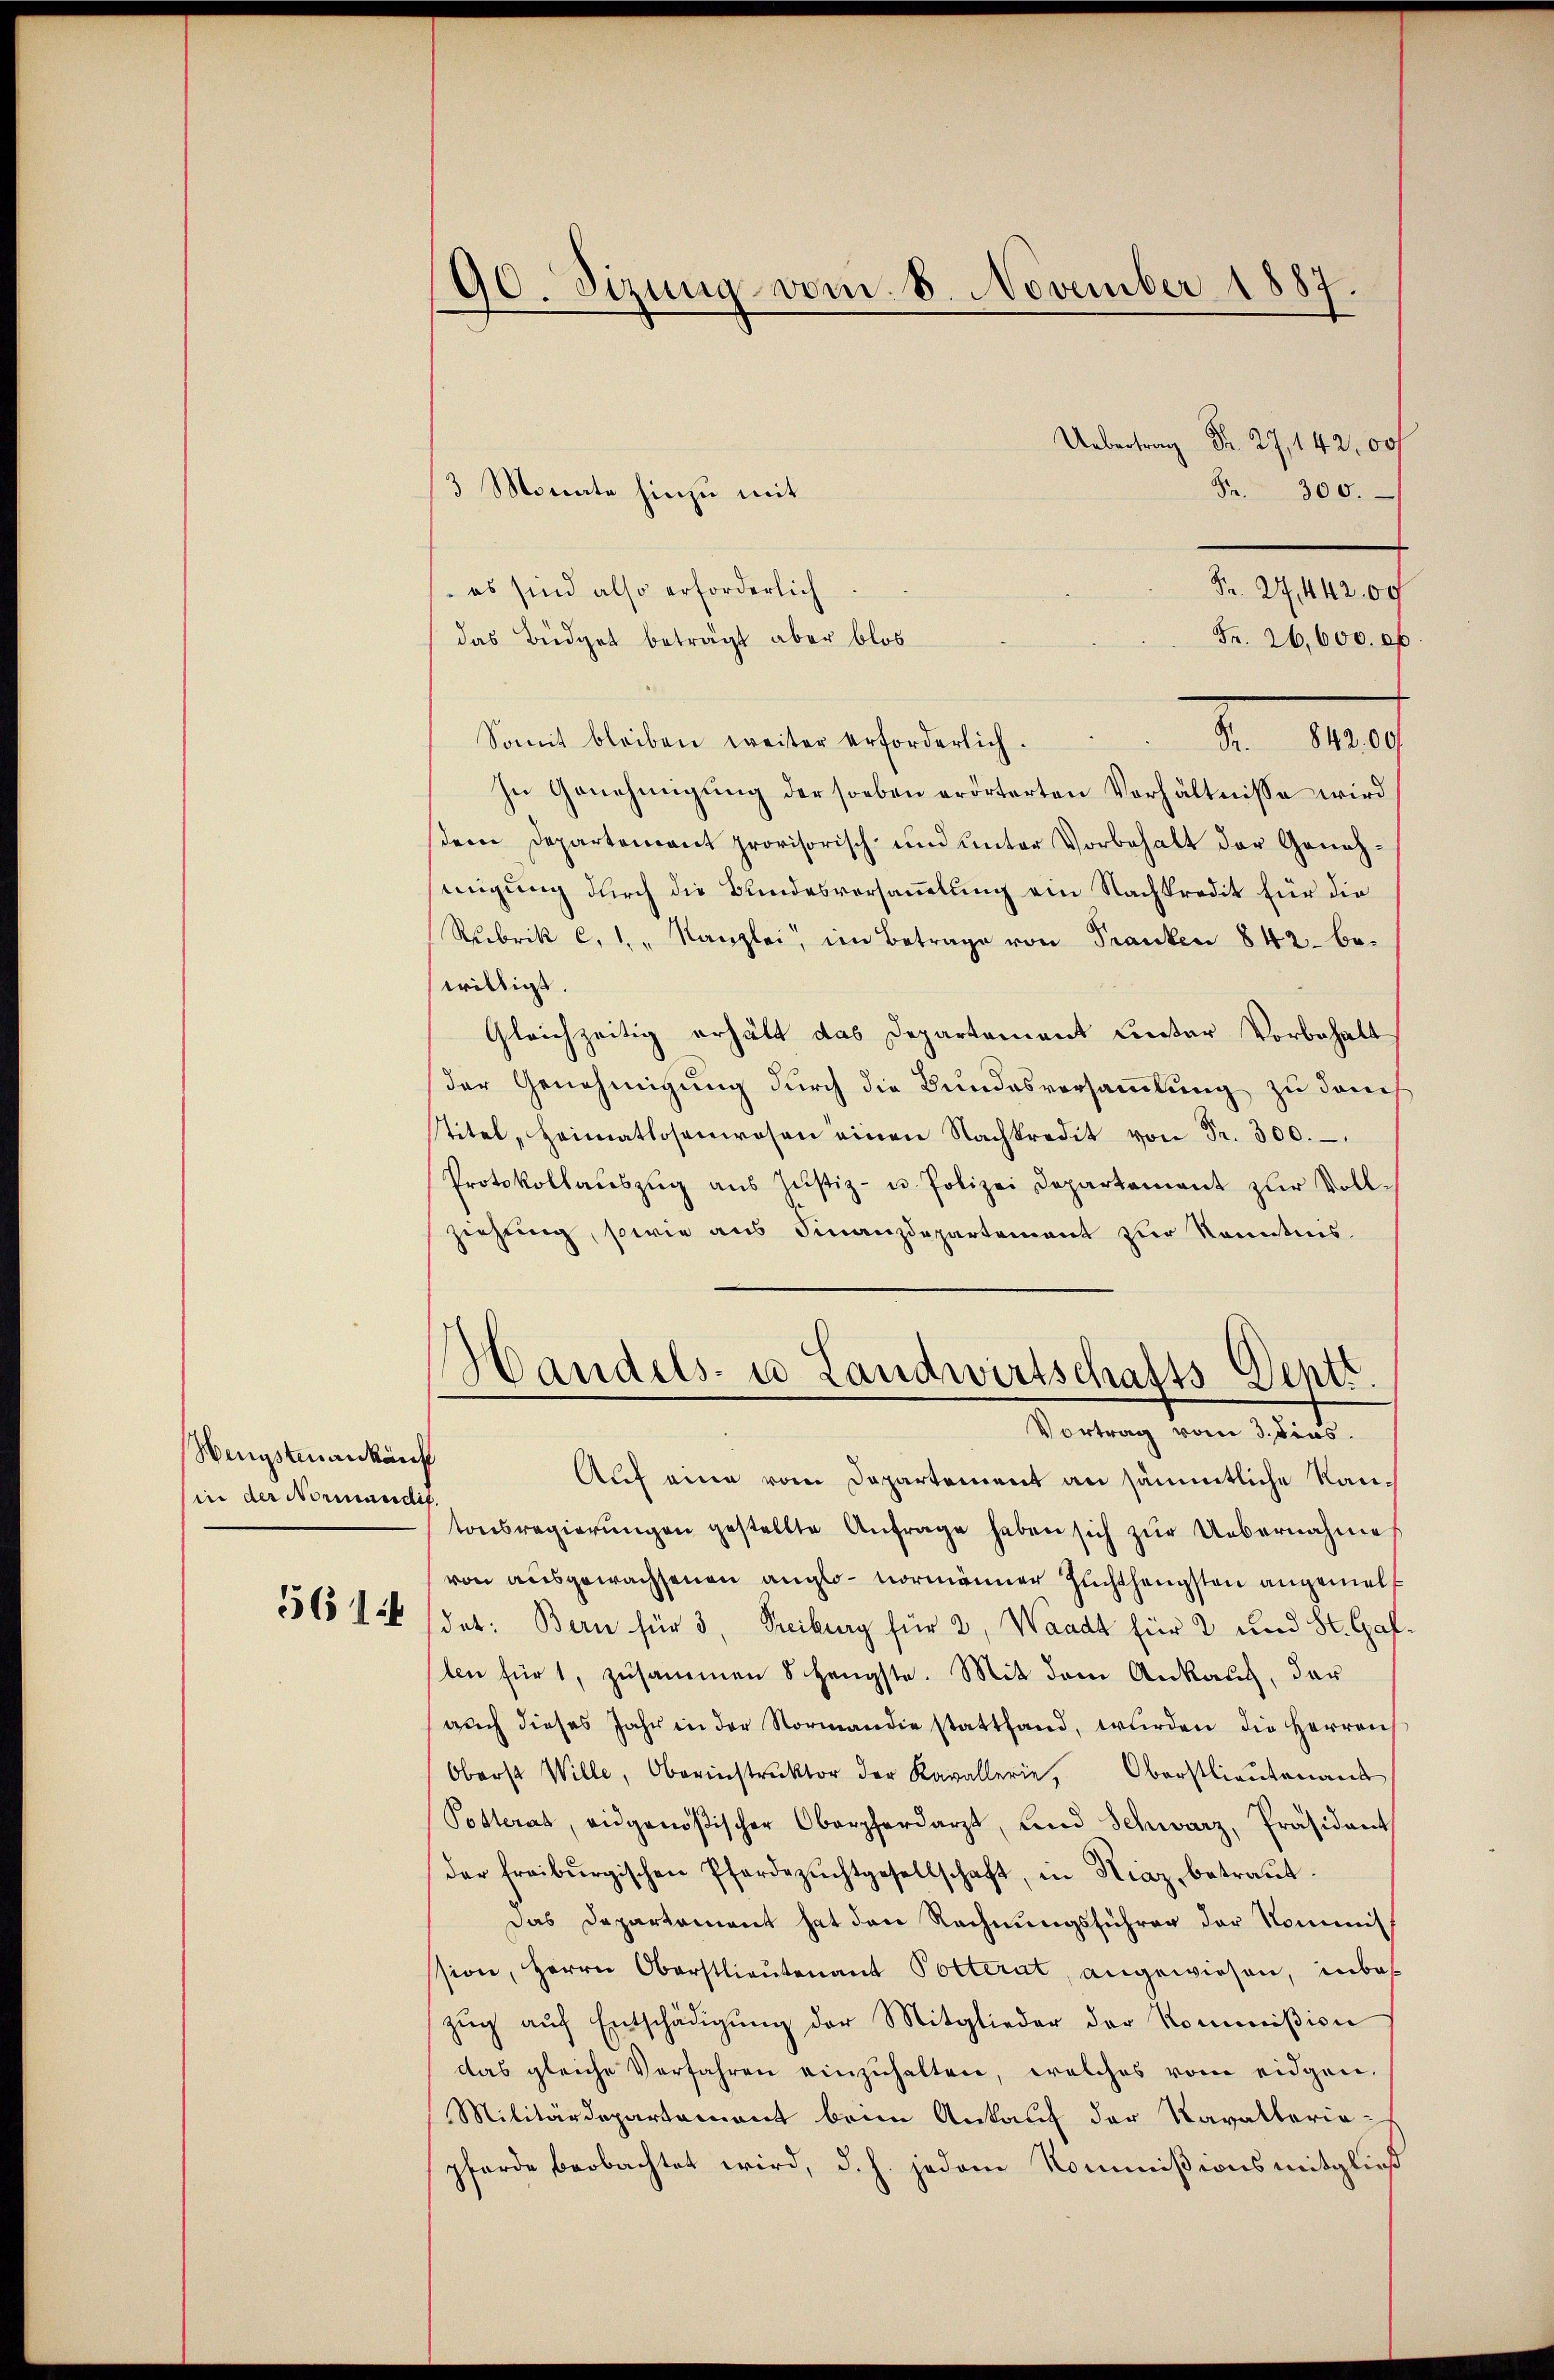
Hengstenankäuf
in der Normandit.

2142,00
Fr. 300.
Fr. 24, 442,00
 es sind also erforderlich
Fr. 26,000. f
das Büdget beträgt aber blos
2. Ma
Somit bleiben weiter erforderlich.
In Genehmigung der soeben erörterten Verhältnisse wird
dene Departement provisorisch- und unter Vorbehalt der Genehmigung durch die Bundesversammlung ein Nachkredit für die
Rubrik c. 1. " Kanzlei, im Betrage von Franken 842. bewilligt.
Gleichzeitig erhält das Departement unter Vorbehalt
der Genehmigung durch die Bundesversammlung zu damit
titel, Heimatlosenwesen einen Nachkredit von Fr. 300.
Protokollaŭszŭg aŭs Jŭstiz- u. Polizei Departement zur Voll-
ziehung, sowie aus Finanzdepartement zur Kenntnis
Handels- u Landwirtschafts-Deptt
Vortrag vom 3. Fins.
Auf eine vom Departement an sämmtliche Rautonsregierŭngen gestellte Anfrage haben sich zŭr Uebernahme
von ausgewachsenen anglo- normänner Zuchthengsten angemel¬
565 f. (det: Bern für 3, Freiburg für 2, Waadt für 2 und St. Gaf.
ten für 1, zusammen 8 Hengste. Mit dem Ankauf, das
aŭch dieses Jahr in der Normandie stattfand, wurden die Herren
Oberst Wille, Oberinstrŭktor der Kavallerie, Oberstlieutenans
Potterat, eidgenößischer Oberpferdarzt, und Schwarz, Präsident
der freiburgischen Pferdezŭchtgesellschaft, in Kiaz, betraŭt.
Das Departament hat den Rechnungsführen der Kommis
ssion, Herrn Oberstlieutenant Polterat, angewiesen, inbes
zŭg aŭf Entschädigŭng der Mitglieder der Kommißion
das gleiche Verfahren einzŭhalten, welches vom eidgen.
Militärdepartement beim Ankauf der Kavaltaria-
pferde beobachtet wird, d. h. jedem Kommißionsmitgließ

90. Sizung vom 8. November 1887.

3 Monate hinzu mit